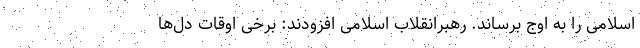
اسلامی را به اوج برساند. رهبرانقلاب اسلامی افزودند: برخی اوقات دل‌ها